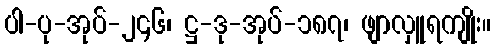
ပါ-ပု-အုပ်-၂၄၆၊ ဋ္ဌ-ဒု-အုပ်-၁၈၇၊ ဖျာလှူရကျိုး။